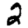
Digit: 2